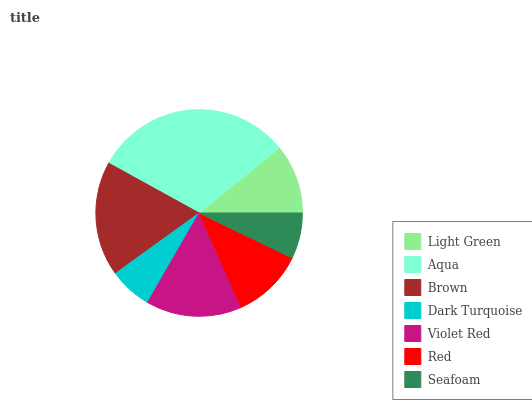
| Light Green | Aqua | Brown | Dark Turquoise | Violet Red | Red | Seafoam |
 | --- | --- | --- | --- | --- | --- | --- |
 | 10.8% | 31.2% | 18% | 6.71% | 15% | 11.2% | 7.16% |